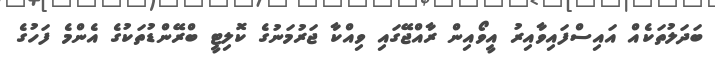
ބަދަލުތަކެއް އައިސްފައިވާއިރު އީވޯއިން ރާއްޖޭގައި ވިއްކާ ޖަރުމަނުގެ ކޮލިޓީ ބްރޭންޑުތަކުގެ އެންމެ ފަހުގެ